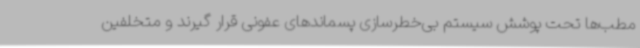
مطب‌ها تحت پوشش سیستم بی‌خطرسازی پسماندهای عفونی قرار گیرند و متخلفین